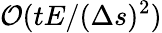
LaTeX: \mathcal{O}(tE/(\Delta s)^{2})